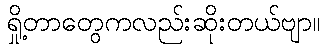
ရှို့တာတွေကလည်းဆိုးတယ်ဗျာ။